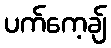
ပက်ကေ့ချ်